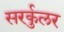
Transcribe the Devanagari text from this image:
सरर्कुलर